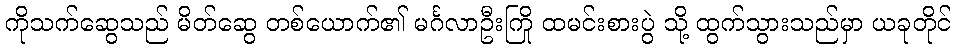
ကိုသက်ဆွေသည် မိတ်ဆွေ တစ်ယောက်၏ မင်္ဂလာဦးကြို ထမင်းစားပွဲ သို့ ထွက်သွားသည်မှာ ယခုတိုင်